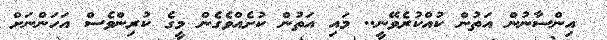
އިންސާނުން އަތުން ކުއްކުރެވޭނީ.. މައި އަތުން ކުށެއްވެގެން މީގެ ކުރިންވެސް އަހަންނަށް